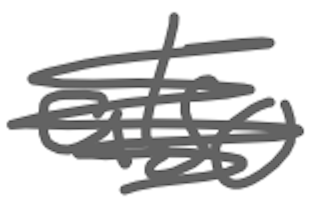
Text: also
Cross-out: scratch
Writing tool: digital_gray